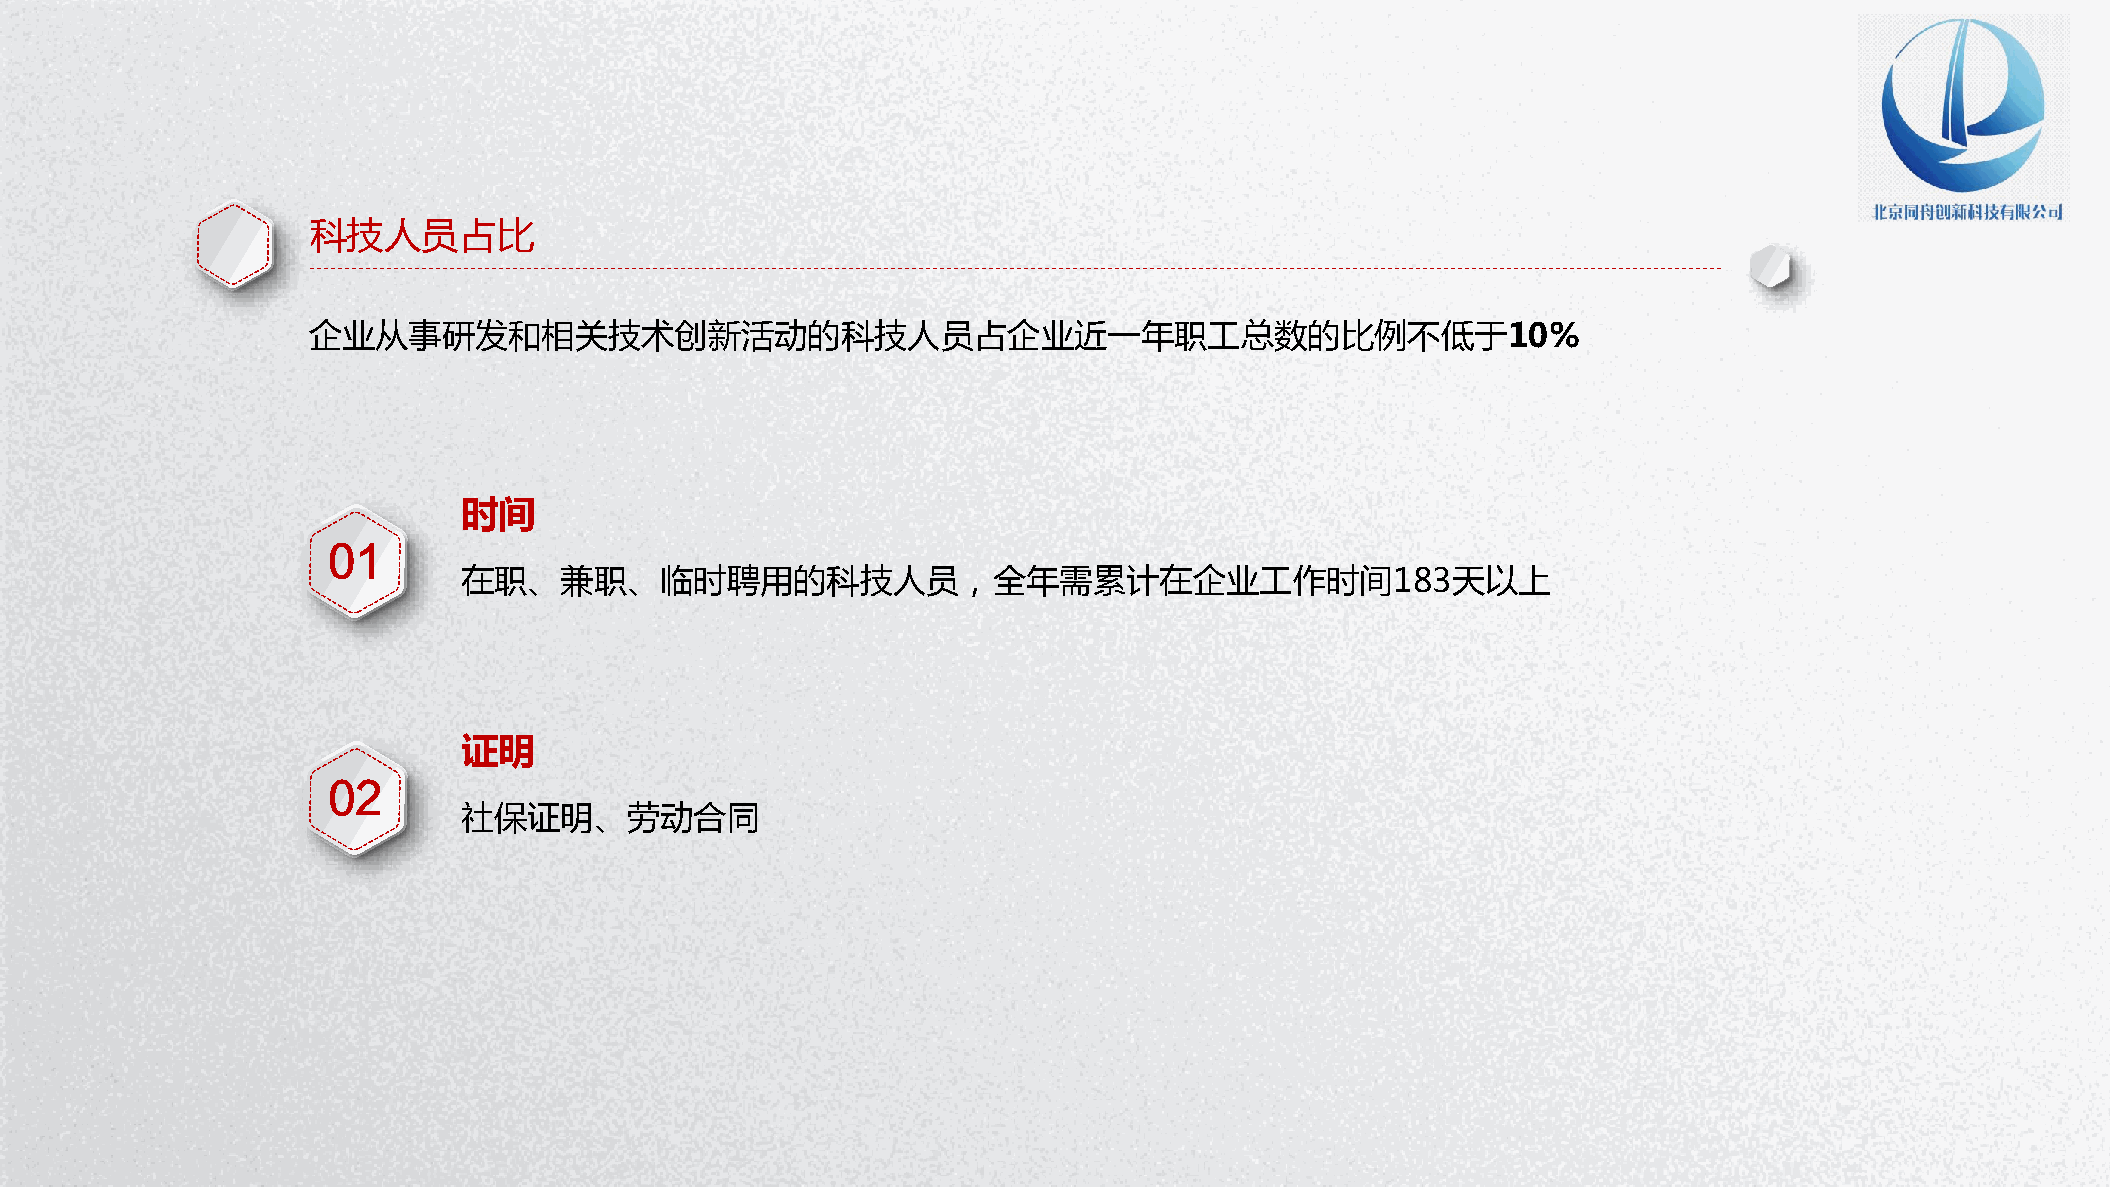
科技人员占比
 企业从事研发和相关技术创新活动的科技人员占企业近一年职工总数的比例不低于10%
 时间
 01
 在职、兼职、临时聘用的科技人员，全年需累计在企业工作时间183天以上
 证明
 02
 社保证明、劳动合同
 P节P优W资范教字PPo日秀料文案体TTr模背d下下下下PP教板景PP载载载载TT程下模图下：：：：：载板片载wwww：：：： wwwwwwwwwwwwww....wwwww1111.ppppwwww1pppp....ptttt1111p....ppppcccctoooopppp.cmmmmtttto....ccccm////oooozfjziammmmi i/ al tnwioia//// /waomjbxoii ne ere /ao dr n/izjb i /ia //n a i /gn / / 行 PP P PEPP 试P业 PxTTT cT图教 卷e素P 课lP 教下表程材T 件模 程下： 载下 下板 ：载 ：载w载： w： ww： ：www www wwww .ww1.w.w p1w 1wppw. p.1.tpp1 .1.p t1p tcp .p o .ppcp ct mopot.t.mtc. m/c .ocopco /m /omoem smxw h/// ch it /e ts eau kiurl/nb e/pc g jiaoa iy ai io/ ne n// t/ /